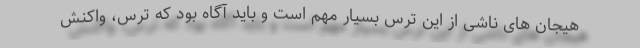
هیجان های ناشی از این ترس بسیار مهم است و باید آگاه بود که ترس، واکنش